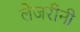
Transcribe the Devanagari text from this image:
लेजरीनी